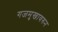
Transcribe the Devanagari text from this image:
गजमुखावरुन